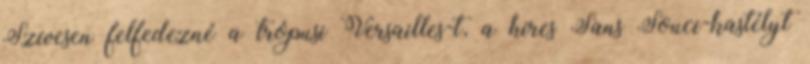
Szívesen felfedezné a trópusi Versailles-t, a híres Sans Souci-kastélyt